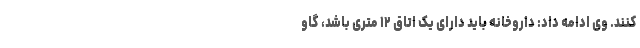
کنند. وی ادامه داد: داروخانه باید دارای یک اتاق ۱۲ متری باشد، گاو